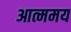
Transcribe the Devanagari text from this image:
आत्ममय